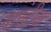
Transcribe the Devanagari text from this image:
वारंटीज